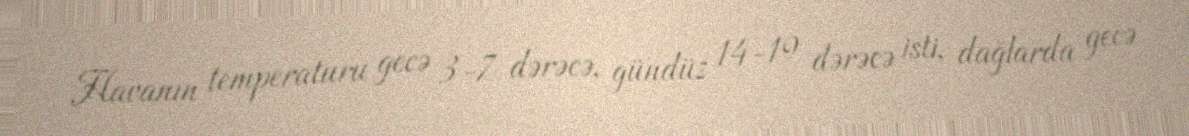
Havanın temperaturu gecə 3-7 dərəcə, gündüz 14-19 dərəcə isti, dağlarda gecə